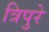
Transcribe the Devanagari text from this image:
त्रिपुरे